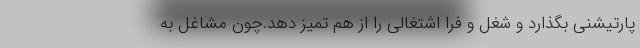
پارتیشنی بگذارد و شغل و فرا اشتغالی را از هم تمیز دهد.چون مشاغل به